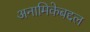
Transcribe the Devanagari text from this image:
अनामिकेबद्दल